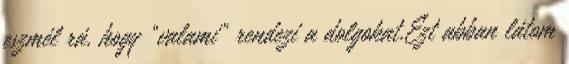
eszmél rá, hogy “valami” rendezi a dolgokat.Ezt abban látom